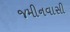
જમીનવાસી